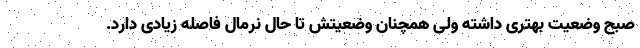
صبح وضعیت بهتری داشته ولی همچنان وضعیتش تا حال نرمال فاصله زیادی دارد.